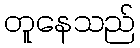
တူနေသည်